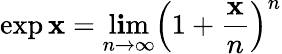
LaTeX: \exp\mathbf{x}=\operatorname*{l\mathbf{i}m}_{n\to\infty}\left(1+{\frac{{\mathbf{x}}}{{n}}}\right)^{n}